Civil Veterinary Department Bihar & Orissa reports 1922-29 - 1922-1929
Year: 1922
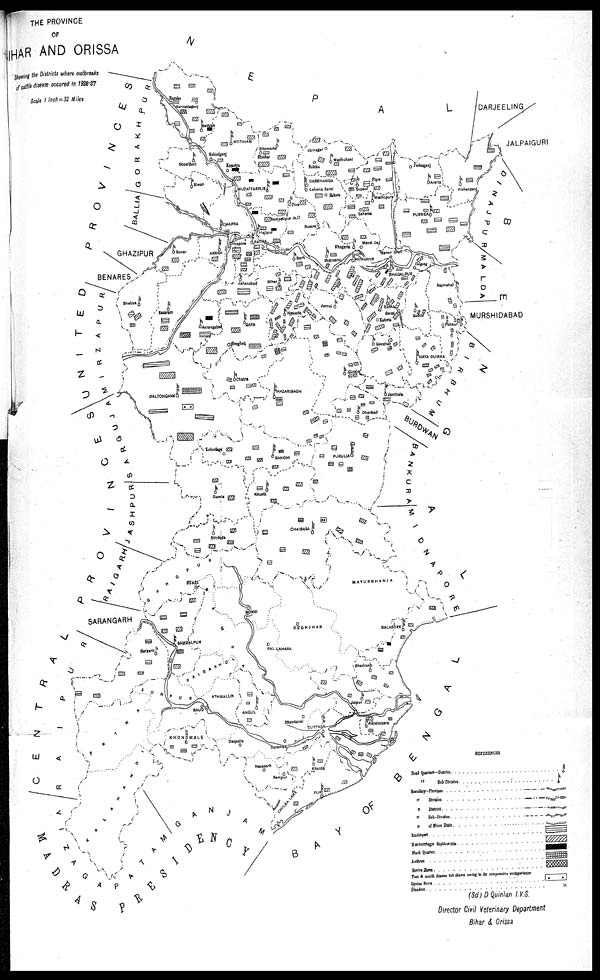
THE PROVINCE
OF
BIHAR AND ORISSA
Showing the Districts where outbreks
of cattle diecease occured in 1926-27
Scale 1 Inch = 32 Miles
(Sd) D Quinlan I.V.S.
Director Civil Veterinary Department
Bihar & Orissa